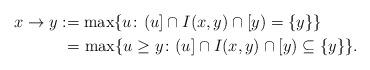
LaTeX: \begin{align*} x \to y &:= \max\{u\colon (u] \cap I(x,y) \cap [y) = \{y\}\} \\& ~= \max\{u \ge y\colon (u] \cap I(x,y) \cap [y) \subseteq \{y\}\}.\end{align*}